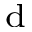
^ \mathrm { d }